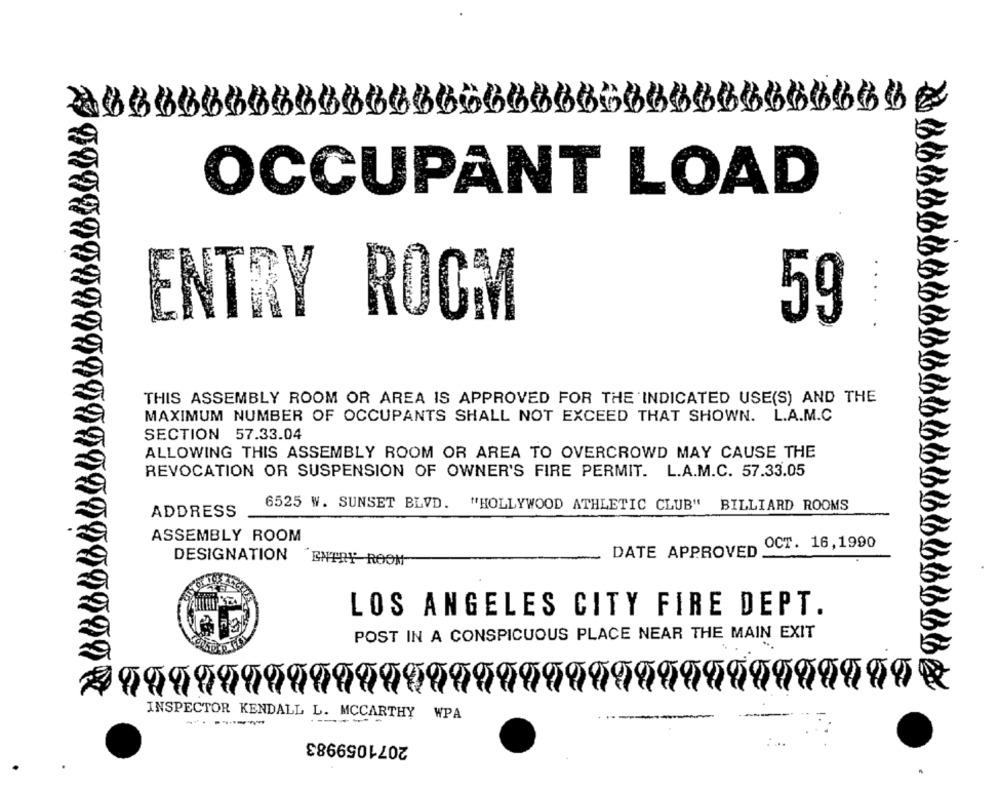
OCCUPANT LOAD
ENTRY ROOM
59
THIS ASSEMBLY ROOM OR AREA IS APPROVED FOR THE INDICATED USE(S) AND THE
MAXIMUM NUMBER OF OCCUPANTS SHALL NOT EXCEED THAT SHOWN. L.A.M.C
SECTION 57.33.04
ALLOWING THIS ASSEMBLY ROOM OR AREA TO OVERCROWD MAY CAUSE THE
REVOCATION OR SUSPENSION OF OWNER'S FIRE PERMIT. L.A.M.C. 57.33.05
6525 W. SUNSET BLVD. "HOLLYWOOD ATHLETIC CLUB" BILLIARD ROOMS
ADDRESS
ASSEMBLY ROOM
OCT. 16,1990
DATE APPROVED
DESIGNATION
ENTRY ROOM
LOS ANGELES CITY FIRE DEPT.
POST IN A CONSPICUOUS PLACE NEAR THE MAIN EXIT
INSPECTOR KENDALL L. MCCARTHY WPA
2071059983